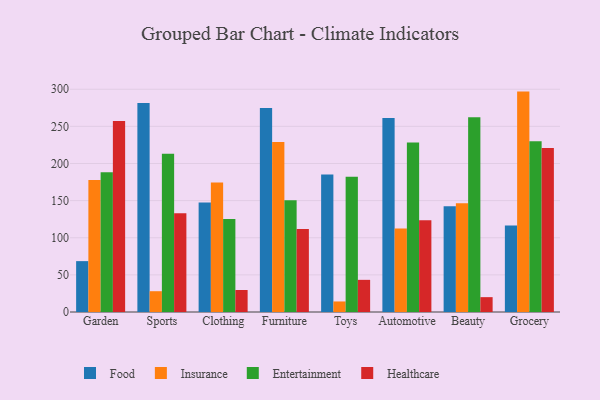
{"axis": {"x": "Category", "y": "Latency (ms)"}, "legend": ["Entertainment", "Food", "Healthcare", "Insurance"], "data": [{"x": "Garden", "y": 68.5, "type": "Food"}, {"x": "Garden", "y": 177.6, "type": "Insurance"}, {"x": "Garden", "y": 188.2, "type": "Entertainment"}, {"x": "Garden", "y": 257.3, "type": "Healthcare"}, {"x": "Sports", "y": 281.3, "type": "Food"}, {"x": "Sports", "y": 28.0, "type": "Insurance"}, {"x": "Sports", "y": 213.1, "type": "Entertainment"}, {"x": "Sports", "y": 133.1, "type": "Healthcare"}, {"x": "Clothing", "y": 147.4, "type": "Food"}, {"x": "Clothing", "y": 174.5, "type": "Insurance"}, {"x": "Clothing", "y": 125.1, "type": "Entertainment"}, {"x": "Clothing", "y": 29.6, "type": "Healthcare"}, {"x": "Furniture", "y": 274.8, "type": "Food"}, {"x": "Furniture", "y": 228.8, "type": "Insurance"}, {"x": "Furniture", "y": 150.6, "type": "Entertainment"}, {"x": "Furniture", "y": 111.9, "type": "Healthcare"}, {"x": "Toys", "y": 185.0, "type": "Food"}, {"x": "Toys", "y": 14.2, "type": "Insurance"}, {"x": "Toys", "y": 182.3, "type": "Entertainment"}, {"x": "Toys", "y": 43.3, "type": "Healthcare"}, {"x": "Automotive", "y": 261.3, "type": "Food"}, {"x": "Automotive", "y": 112.4, "type": "Insurance"}, {"x": "Automotive", "y": 228.3, "type": "Entertainment"}, {"x": "Automotive", "y": 123.5, "type": "Healthcare"}, {"x": "Beauty", "y": 142.4, "type": "Food"}, {"x": "Beauty", "y": 146.4, "type": "Insurance"}, {"x": "Beauty", "y": 262.4, "type": "Entertainment"}, {"x": "Beauty", "y": 20.0, "type": "Healthcare"}, {"x": "Grocery", "y": 116.4, "type": "Food"}, {"x": "Grocery", "y": 296.8, "type": "Insurance"}, {"x": "Grocery", "y": 229.8, "type": "Entertainment"}, {"x": "Grocery", "y": 221.0, "type": "Healthcare"}]}